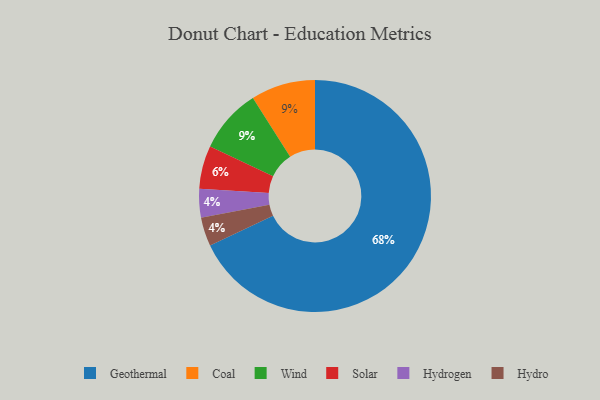
{"axis": {"x": "Category", "y": "Percentage"}, "legend": ["Coal", "Geothermal", "Hydro", "Hydrogen", "Solar", "Wind"], "data": [{"x": "Solar", "y": 6, "type": "Solar"}, {"x": "Coal", "y": 9, "type": "Coal"}, {"x": "Hydrogen", "y": 4, "type": "Hydrogen"}, {"x": "Geothermal", "y": 68, "type": "Geothermal"}, {"x": "Wind", "y": 9, "type": "Wind"}, {"x": "Hydro", "y": 4, "type": "Hydro"}]}